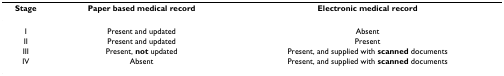
<table><thead><tr><td><b>Stage</b></td><td><b>Paper based medical record</b></td><td><b>Electronic medical record</b></td></tr></thead><tbody><tr><td>I</td><td>Present and updated</td><td>Absent</td></tr><tr><td>II</td><td>Present and updated</td><td>Present</td></tr><tr><td>III</td><td>Present, <b>not </b>updated</td><td>Present, and supplied with <b>scanned </b>documents</td></tr><tr><td>IV</td><td>Absent</td><td>Present, and supplied with <b>scanned </b>documents</td></tr></tbody></table>